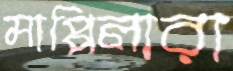
মাপ্পিলারা